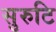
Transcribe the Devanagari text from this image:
सुरुटि